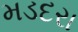
મડદરા